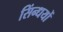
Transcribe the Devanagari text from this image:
सिंन्धयों